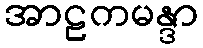
အာဠကမန္ဒာ